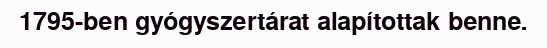
1795-ben gyógyszertárat alapítottak benne.